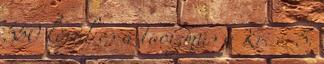
550 körül és a taoizmus a Kr. e. 5.